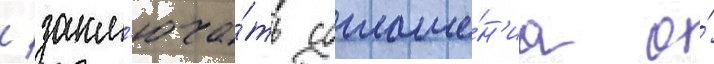
/ закл'юча́ть соглаше́н'иа о́